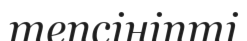
тепсініпті